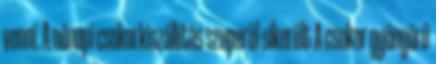
venni. A nőnapi csokorkiszállítás szuperül sikerült A csokor gyönyörű